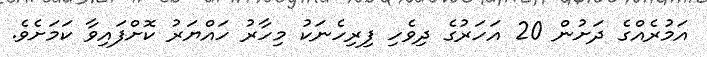
އަމުރެއްގެ ދަށުން 20 އަހަރުގެ ދިވެހި ފިރިހެނަކު މިހާރު ހައްޔަރު ކޮށްފައިވާ ކަމަށެވެ.